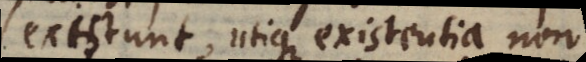
existunt, utique existentia non